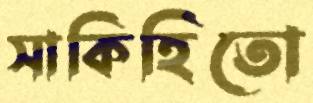
সাকিহিতো